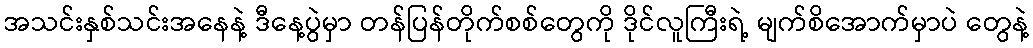
အသင်းနှစ်သင်းအနေနဲ့ ဒီနေ့ပွဲမှာ တန်ပြန်တိုက်စစ်တွေကို ဒိုင်လူကြီးရဲ့ မျက်စိအောက်မှာပဲ တွေနဲ့